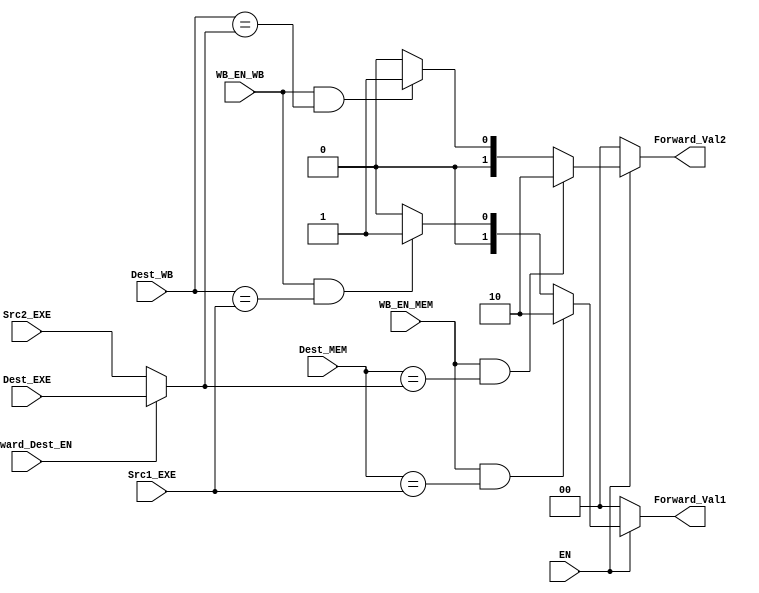
module Forwarding_Unit(Dest_MEM, Dest_EXE , Forward_Dest_EN, Dest_WB, WB_EN_MEM, WB_EN_WB, Src1_EXE, Src2_EXE, Forward_Val1, Forward_Val2, EN);

input [4:0] Dest_EXE;
input Forward_Dest_EN;
input [4:0]Dest_MEM, Dest_WB;
input WB_EN_MEM, WB_EN_WB;
input [4:0] Src1_EXE, Src2_EXE;
input EN;
output [1:0]Forward_Val1, Forward_Val2;

wire [4:0]in2;

assign in2 = (Forward_Dest_EN == 1'b1 ) ? Dest_EXE : Src2_EXE;


assign Forward_Val1= (EN == 0) ? 2'b0 :
					           (WB_EN_MEM && (Dest_MEM == Src1_EXE)) ? 2'b10 : 
                     (WB_EN_WB  && (Dest_WB  == Src1_EXE)) ? 2'b01 :  2'b0;
                    
assign Forward_Val2= (EN == 0) ? 2'b0 :
					           (WB_EN_MEM && (Dest_MEM == in2)) ? 2'b10 : 
                     (WB_EN_WB && (Dest_WB == in2)) ? 2'b01 : 2'b0;                


endmodule

module Forwarding_MUX(input [31:0]Val,Result_WB,ALU_result_MEM,input [1:0]Forward_Val,output [31:0]O);
  assign O=(Forward_Val==0)?Val:((Forward_Val==1)?Result_WB:((Forward_Val==2)?ALU_result_MEM:32'bz));

endmodule

module IMM_MUX(input [31:0]Val2_Forwarded, Val2, input IS_IMM,output [31:0]O);
  assign O=(IS_IMM==0)?Val2_Forwarded:Val2;

endmodule

module Hazard_Detector ( Src1 , Src2 , EXE_Dest , EXE_WB_EN , MEM_Dest , MEM_WB_EN , Freeze , Hazard_Detected_Sig, MEM_R_EN, EN);
input [4:0] Src1 , Src2;
input [4:0] EXE_Dest, MEM_Dest;
input EXE_WB_EN , MEM_WB_EN;
input MEM_R_EN;
input EN;
output Freeze;
output reg Hazard_Detected_Sig;

always @(*)
begin
	if  (EN == 1'b1)
	  begin
		  if ( ( MEM_R_EN == 1'b1 && ( (Src1 == EXE_Dest) || (Src2 == EXE_Dest) )) == 1'b1)
		  	Hazard_Detected_Sig = 1'b1;
		  else 
		  	Hazard_Detected_Sig = 1'b0;
		end
	else 
	  begin
		  if ((( EXE_WB_EN == 1'b1 && ( (Src1 == EXE_Dest) || (Src2 == EXE_Dest) )) || ( MEM_WB_EN == 1'b1 && ( (Src1 == MEM_Dest) || (Src2 == MEM_Dest) ))) == 1'b1)
			 Hazard_Detected_Sig = 1'b1;
		  else 
			 Hazard_Detected_Sig = 1'b0;
	  end

end
assign Freeze = Hazard_Detected_Sig;
endmodule



module Hazard_MUX ( in1,in2,in3,in4,in5 , Sel , WB_EN , MEM_R , MEM_W , BR_type , EXE_CMD );

input [3:0] in5;
input [1:0] in4;
input in1,in2,in3;
input Sel;
output  WB_EN , MEM_R , MEM_W;
output  [1:0] BR_type ;
output  [3:0] EXE_CMD;

assign WB_EN = (Sel == 1'b1) ? 1'b0: in1;
assign MEM_R = (Sel == 1'b1) ? 1'b0: in2;
assign MEM_W = (Sel == 1'b1) ? 1'b0: in3;
assign BR_type = (Sel == 1'b1) ? 2'b0 : in4;
assign EXE_CMD = (Sel == 1'b1) ? 4'b0 : in5;

endmodule